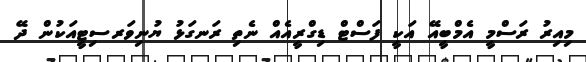
މިއިރު ރަސްމީ އެމްބީއޭ އަކީ ފަސްޓް ޑިގްރީއެއް ނެތި ރަނގަޅު ޔުނިވަރސިޓީއަކުން ދޭ